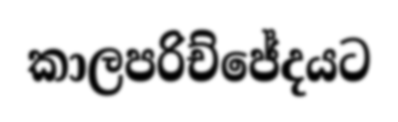
කාලපරිච්ජේදයට